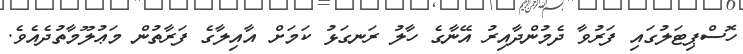
ހޮސްޕިޓަލުގައި ފަރުވާ ދެމުންދާއިރު އޭނާގެ ހާލު ރަނގަޅު ކަމަށް އާއިލާގެ ފަރާތުން މަޢުލޫމާތުދެއެވެ.